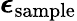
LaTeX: \boldsymbol\epsilon_{\mathrm{sample}}